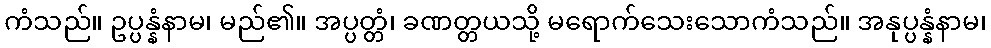
ကံသည်။ ဥပ္ပန္နံနာမ၊ မည်၏။ အပ္ပတ္တံ၊ ခဏတ္တယသို့ မရောက်သေးသောကံသည်။ အနုပ္ပန္နံနာမ၊